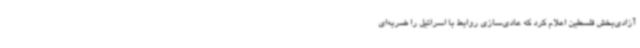
آزادی‌بخش فلسطین اعلام کرد که عادی‌سازی روابط با اسرائیل را ضربه‌ای